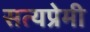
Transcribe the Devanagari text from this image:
सत्यप्रेमी